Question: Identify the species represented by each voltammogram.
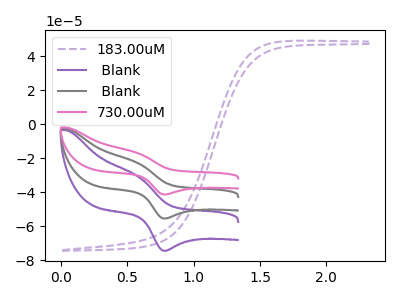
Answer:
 <answer>The purple dashed curve is labeled "183.00uM". The purple curve is labeled " Blank". The gray curve is labeled " Blank". The pink curve is labeled "730.00uM".</answer>
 <eval></eval>